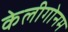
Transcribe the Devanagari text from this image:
केलीगोनम